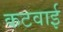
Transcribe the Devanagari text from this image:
कटवाई